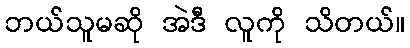
ဘယ်သူမဆို အဲဒီ လူကို သိတယ်။